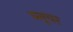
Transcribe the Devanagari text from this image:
ब्लूचर